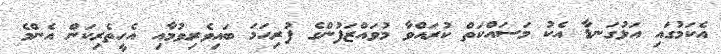
އެކަމުގައި އަޅުގަނޑާ އެކު މަސައްކަތް ކުރައްވާ މުވައްޒަފުންގެ ފުރިހަމަ ބައިވެރިވުމާއި އެހީތެރިކަން އެންމެ